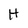
Character: H